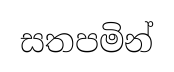
සතපමින්